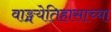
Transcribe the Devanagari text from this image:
वाङ्मयेतिहासाच्या